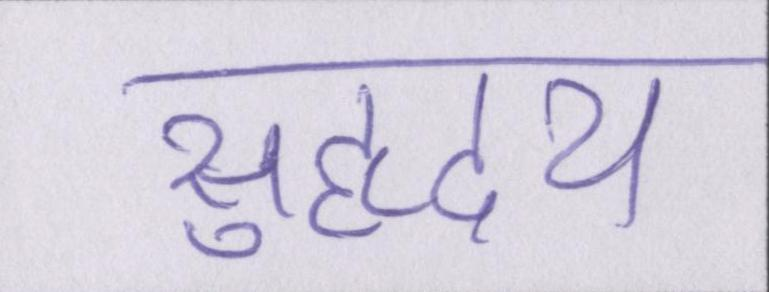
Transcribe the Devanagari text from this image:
सुहृदय